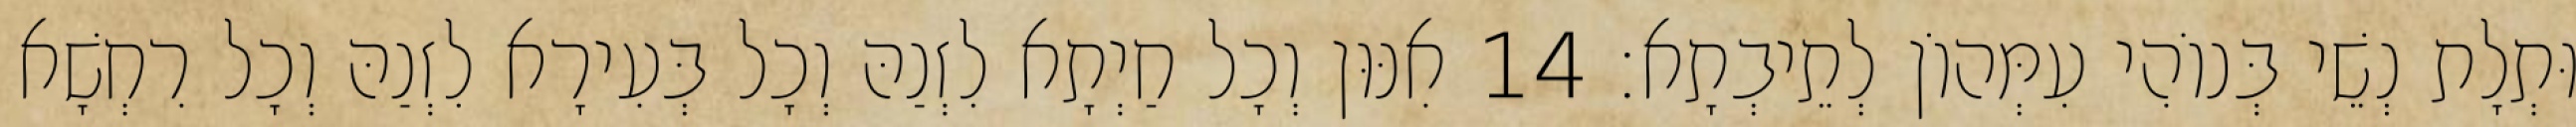
וּתְלָת נְשֵׁי בְּנוֹהִי עִמְּהוֹן לְתֵיבְתָא׃ 14 אִנּוּן וְכָל חַיְתָא לִזְנַהּ וְכָל בְּעִירָא לִזְנַהּ וְכָל רִחְשָׁא